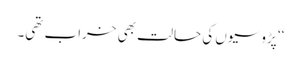
‘‘ پڑوسیوں کی حالت بھی خراب تھی۔